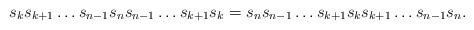
LaTeX: \begin{align*} s_k s_{k+1} \dots s_{n-1} s_n s_{n-1}\dots s_{k+1}s_k = s_n s_{n-1} \dots s_{k+1}s_k s_{k+1} \dots s_{n-1} s_n.\end{align*}